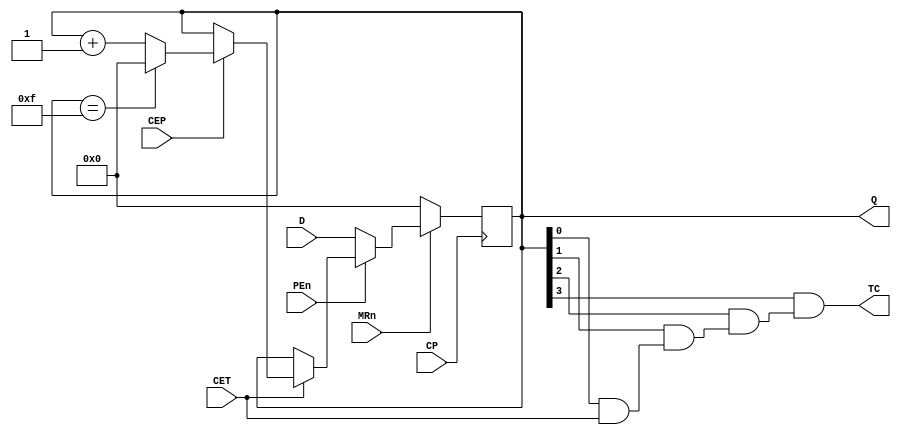
module ttl74163_v (
  input PEn, // LDN Synchronous Load negative active
  input [3:0] D, // D, C, B, A
  input CET, // ENT Count Enable Trickle
  input CEP, // ENP Count Enable Parallel
  input MRn, // CLRN Synchronous Clear, negative active
  input CP, // CLK Rising Edge Trigger
  output reg [3:0] Q, // QD, QC, QB, QA
  output TC // RCO Ripple Carry out
  );

  // TC gate level design
  wire w_buf_CET;
  buf(w_buf_CET, CET);
  wire w_and_1;
  and(w_and_1, Q[0], w_buf_CET);
  wire w_buf_1;
  buf(w_buf_1, w_and_1);
  wire w_and_2;
  and(w_and_2, Q[1], w_buf_1);
  wire w_buf_2;
  buf(w_buf_2, w_and_2);
  wire w_and_3;
  and(w_and_3, Q[2], w_buf_2);
  wire w_buf_3;
  buf(w_buf_3, w_and_3);
  wire w_and_4;
  and(w_and_4, Q[3], w_buf_3);
  wire w_buf_4;
  buf(w_buf_4, w_and_4);
  assign TC = w_buf_4;

  always @ ( posedge CP ) begin
    if(!MRn) Q <= 4'b0; // Clear
    else if(!PEn) Q <= D; // Load
    else begin
      if(!CET) Q <= Q; // Hold
      else begin
        if(!CEP) Q <= Q; // Hold but carry out
        else begin
          if(Q == 4'b1111) Q <= 4'b0000; // reset
          else Q <= Q + 1'b1;
        end
      end
    end
  end



endmodule //ttl74163_v